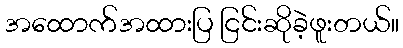
အထောက်အထားပြ ငြင်းဆိုခဲ့ဖူးတယ်။